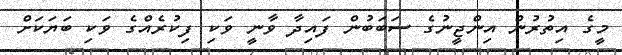
މީގެ އިތުރުން އިންޖީނުގެ ސަބަބުން ފައިދާ ވާނީ ވަކި ފިކުރެއްގެ ވަކި ބަޔަކަށް